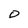
Character: O